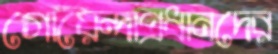
গোয়েন্দাপ্রধানদের